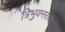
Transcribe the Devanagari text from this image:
त्रिभुवनराय।